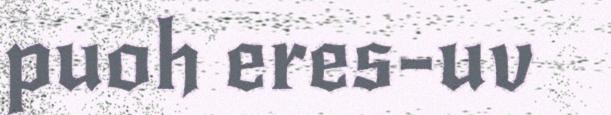
puoh eres-uv